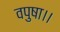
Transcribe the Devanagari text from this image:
वपुषा।।